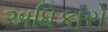
અધિકારો